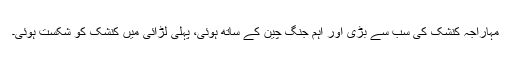
مہاراجہ کنشک کی سب سے بڑی اور اہم جنگ چین کے ساتھ ہوئی، پہلی لڑائی میں کنشک کو شکست ہوئی۔